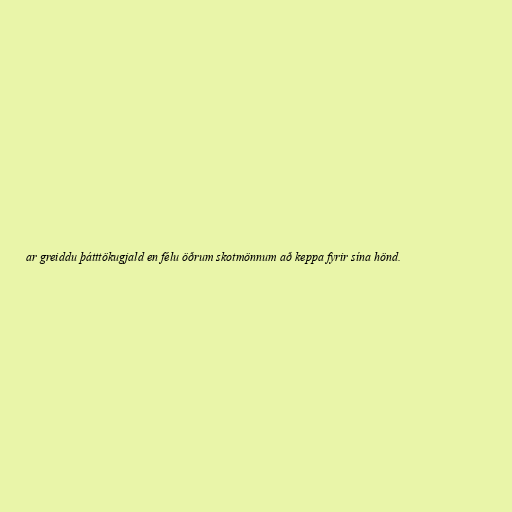
ar greiddu þátttökugjald en félu öðrum skotmönnum að keppa fyrir sína hönd.